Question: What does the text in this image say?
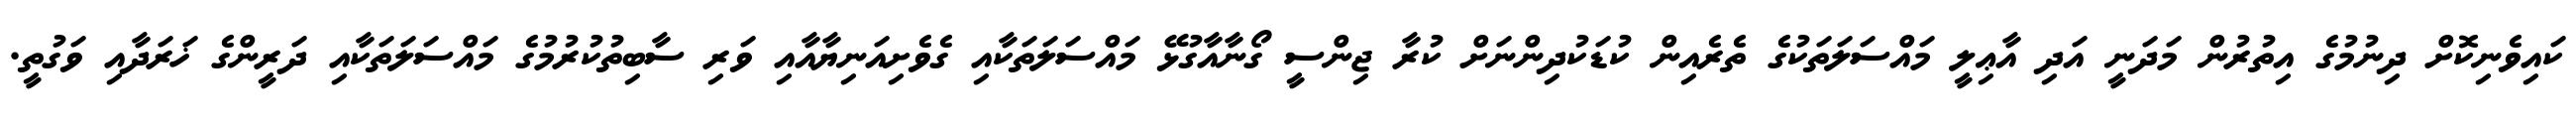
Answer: ކައިވެނިކޮށް ދިނުމުގެ އިތުރުން މަދަނީ އަދި އާޢިލީ މައްސަލަތަކުގެ ތެރެއިން ކުޑަކުދިންނަށް ކުރާ ޖިންސީ ގޯނާއާގުޅޭ މައްސަލަތަކާއި ގެވެށިއަނިޔާއާއި ވަރި ސާބިތުކުރުމުގެ މައްސަލަތަކާއި ދަރީންގެ ޚަރަދާއި ވަގުތީ.